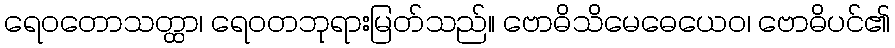
ရေဝတောသတ္ထာ၊ ရေဝတဘုရားမြတ်သည်။ ဗောဓိသိမေဓေယေဝ၊ ဗောဓိပင်၏